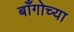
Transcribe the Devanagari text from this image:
बाँगोच्या